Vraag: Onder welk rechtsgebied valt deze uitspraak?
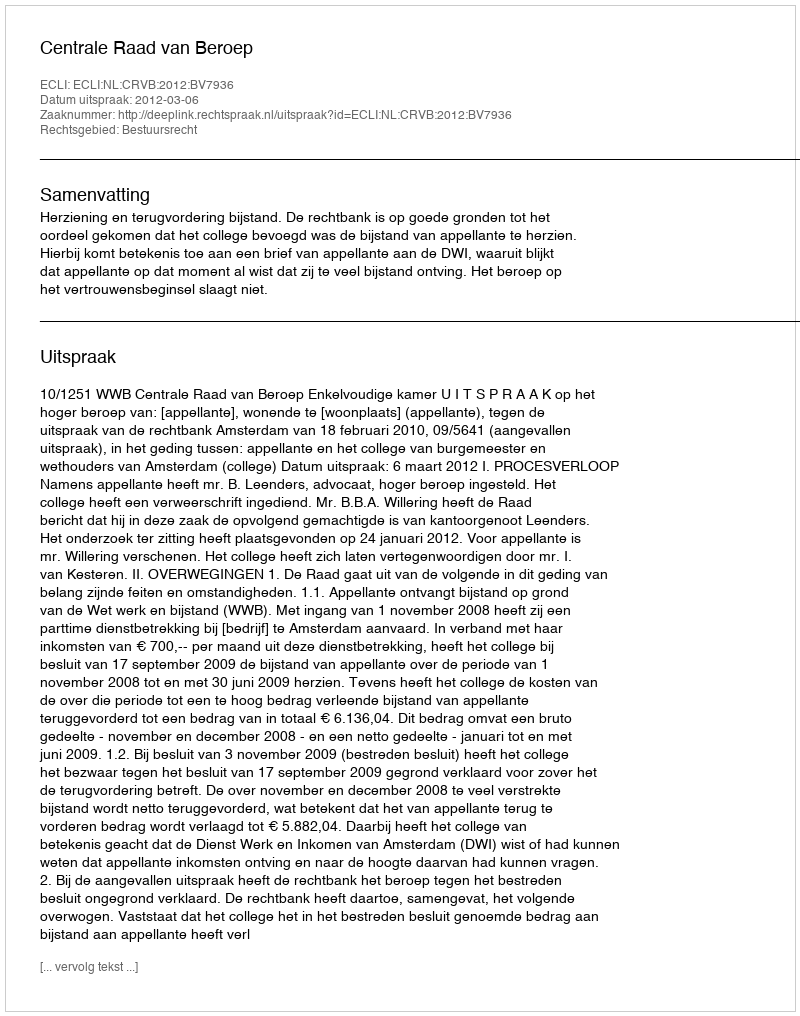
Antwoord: Bestuursrecht